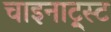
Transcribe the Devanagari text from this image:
चाइनाट्र्स्ट